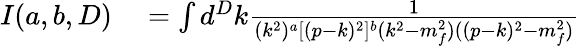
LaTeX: \begin{array}{rl}{I(a,b,D)}&{{}=\int d^{D}k\frac{1}{(k^{2})^{a}[(p-k)^{2}]^{b}(k^{2}-m_{f}^{2})((p-k)^{2}-m_{f}^{2})}}\end{array}